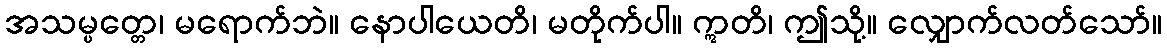
အသမ္ပတ္တေ၊ မရောက်ဘဲ။ နောပါယေတိ၊ မတိုက်ပါ။ ဣတိ၊ ဤသို့။ လျှောက်လတ်သော်။